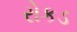
રોકડ